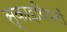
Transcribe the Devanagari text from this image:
स्काइथियनों